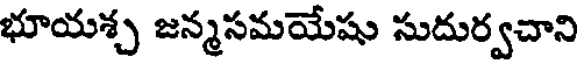
భూయశ్చ జన్మసమయేషు సుదుర్వచాని